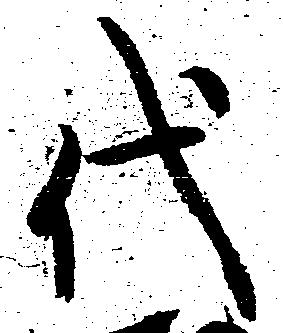
代